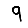
Digit: 9